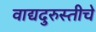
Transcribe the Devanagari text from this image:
वाद्यदुरुस्तीचे